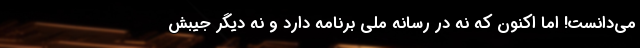
می‌دانست! اما اکنون که نه در رسانه ملی برنامه دارد و نه دیگر جیبش